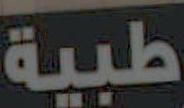
طبية